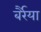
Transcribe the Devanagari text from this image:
बर्रैया